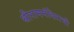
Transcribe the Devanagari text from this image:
श्रीराममंदिराची